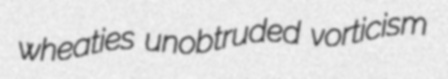
wheaties unobtruded vorticism